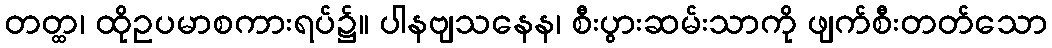
တတ္ထ၊ ထိုဥပမာစကားရပ်၌။ ပါနဗျသနေန၊ စီးပွားဆမ်းသာကို ဖျက်စီးတတ်သော